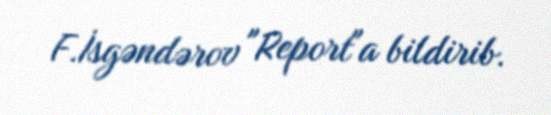
F.İsgəndərov "Report"a bildirib.